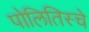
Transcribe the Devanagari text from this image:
पोलितिस्चे